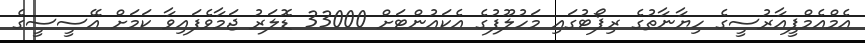
އެމްއެމްޕީއާރުސީގެ ހިޔާނާތުގެ ރިޕޯޓުގައި މަހުލޫފުގެ އެކައުންޓަށް 33000 ޑޮލަރު ޖަމާވެފައިވާ ކަމަށް އޭސީސީގެ